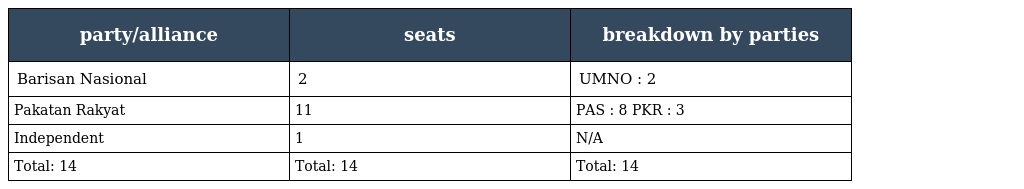
| party/alliance | seats | breakdown by parties |
 | --- | --- | --- |
 | Barisan Nasional | 2 | UMNO : 2 |
 | Pakatan Rakyat | 11 | PAS : 8 PKR : 3 |
 | Independent | 1 | N/A |
 | Total: 14 | Total: 14 | Total: 14 |